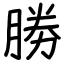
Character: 勝